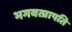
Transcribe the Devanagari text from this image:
भगवत्प्रापति